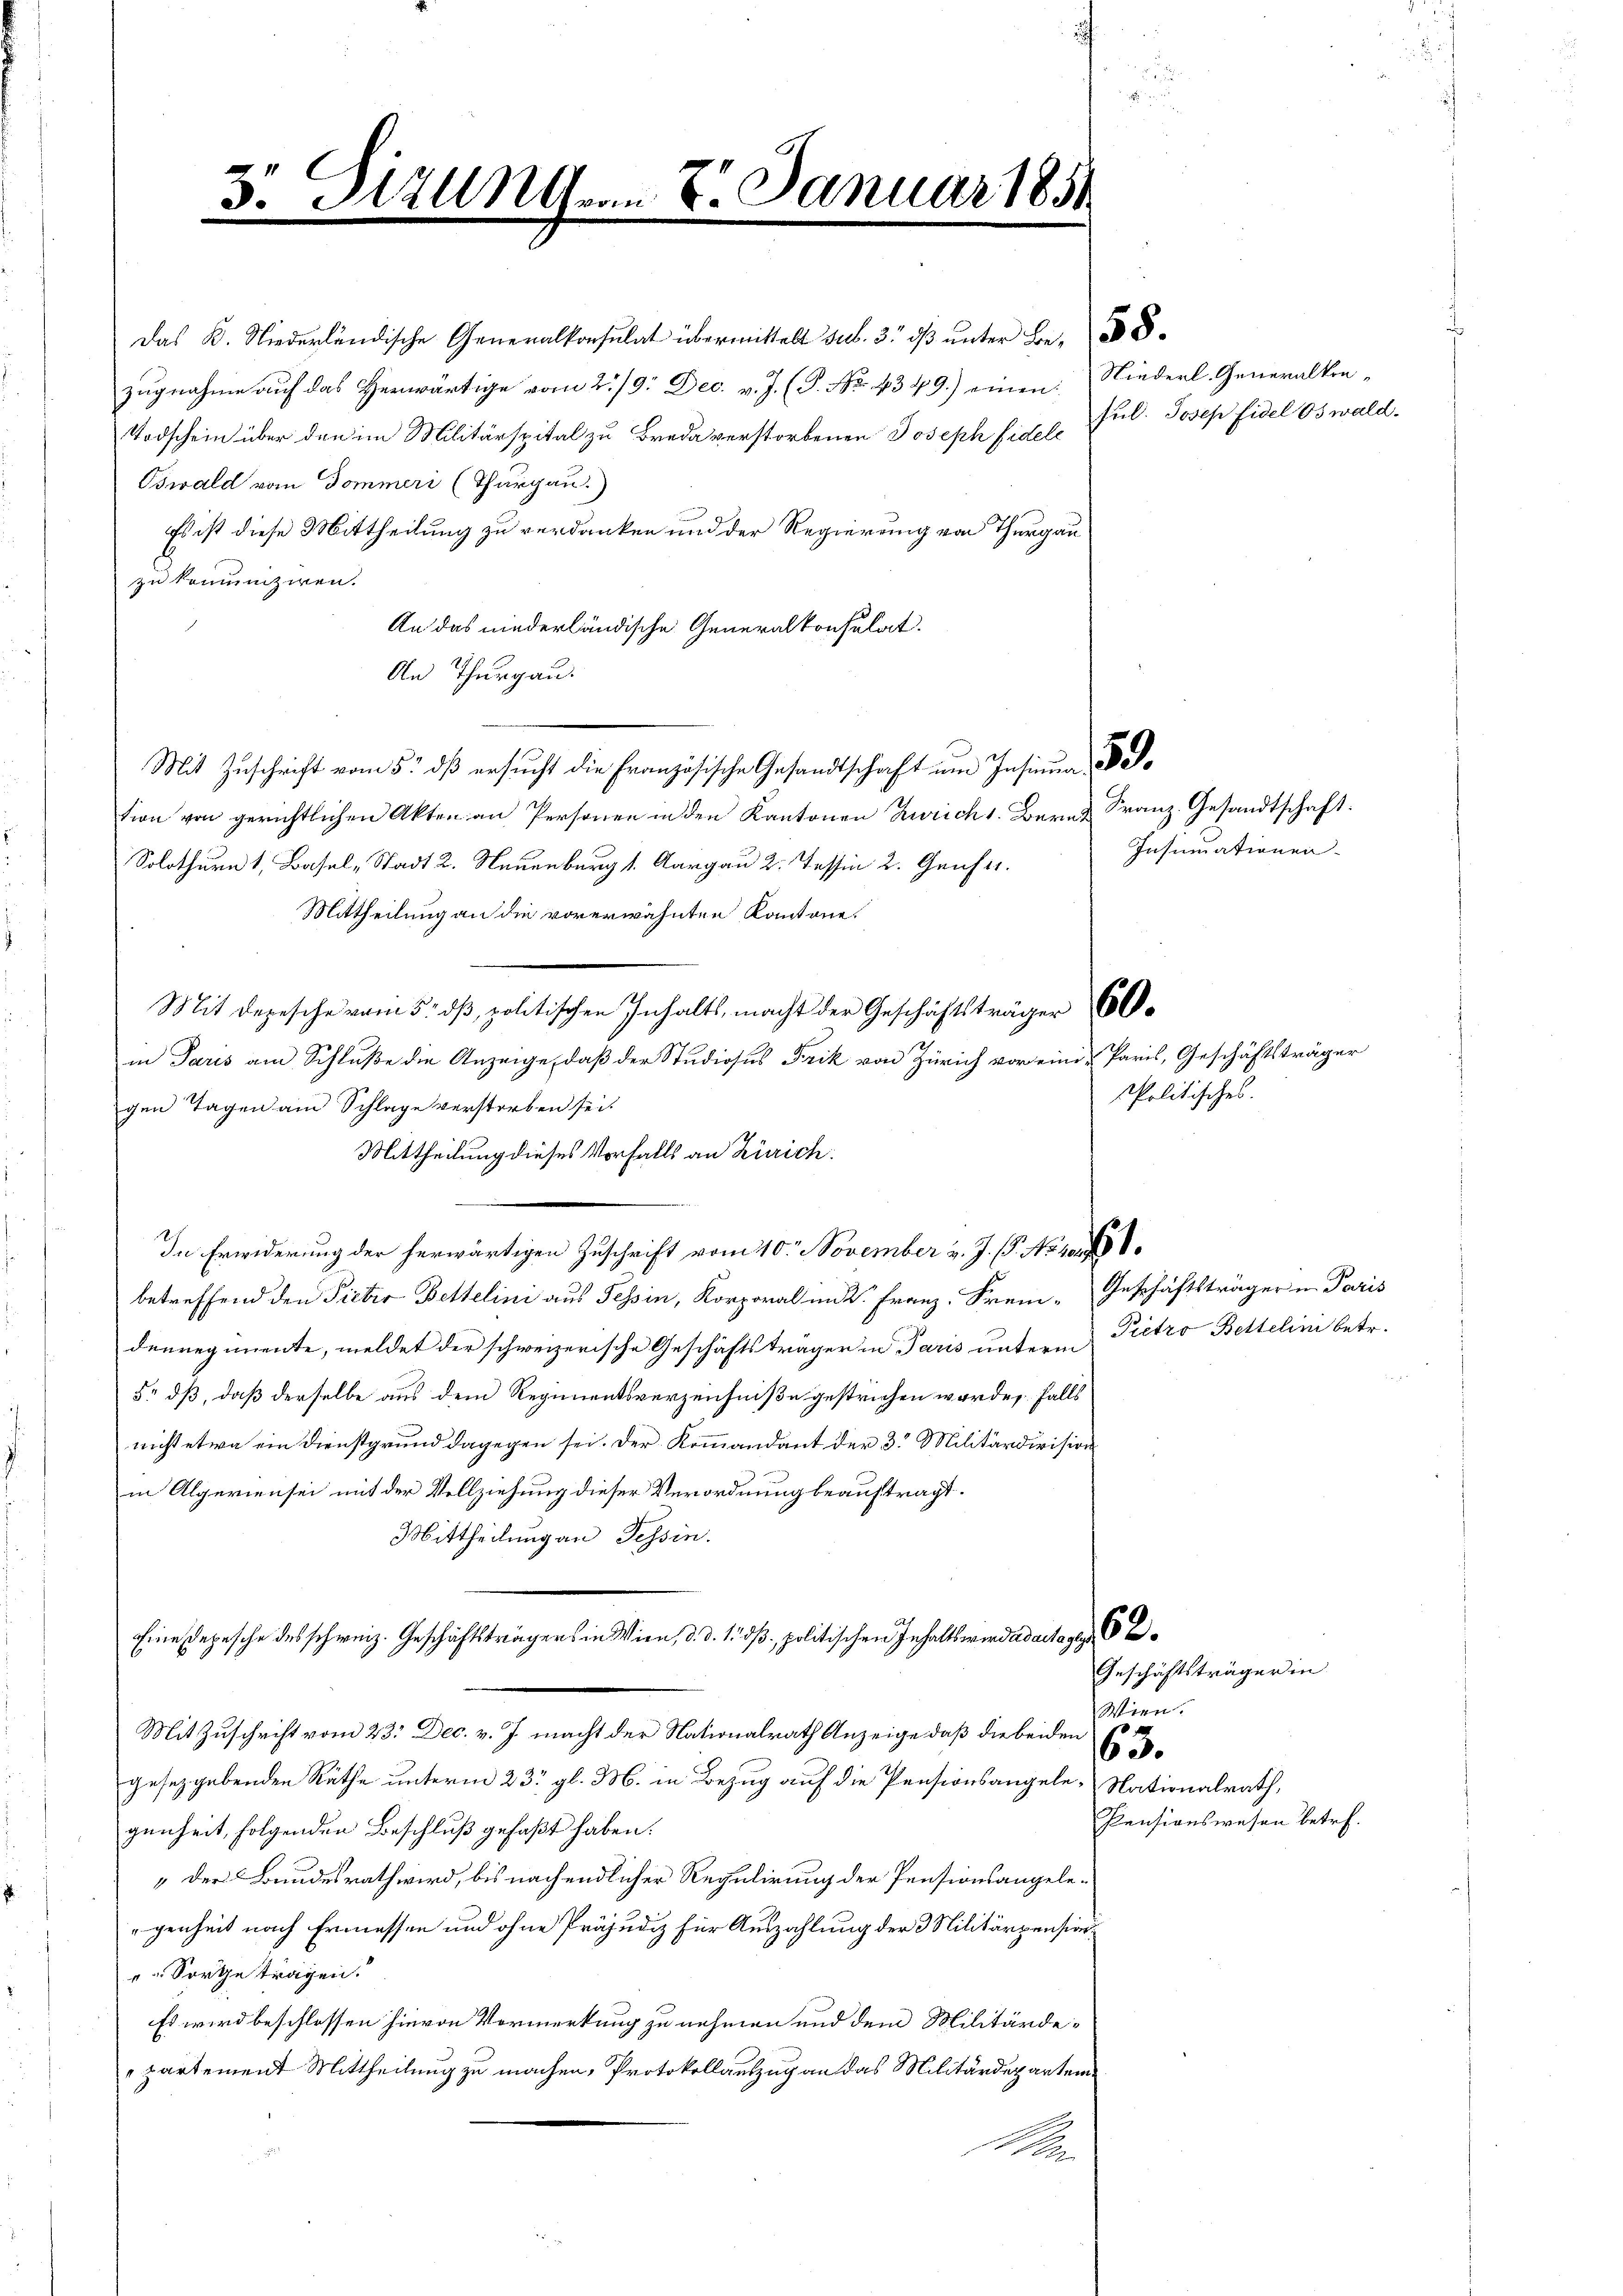
3. Atzungen 8. Januar 1854

Das K. Niederländische Generalkonsulat übermittelt sub. 3. dβ ŭnter Be- 8
zugnahme auf das Herwärtige vom 2./9. Dec. v. J. (T. No. 4349.) einen
Todschein über den im Militärspital zu Breda verstorbenen Joseph Fidele
Oswald vom Sommeri (Thurgau.
Es ist diese Mittheilung zu verdanken und der Regierung von Thurgau
zu komuniziren.
An das niederländische Generalkonsulat.
An Thurgau.
Mit Zuschrift vom 5. dß ersucht die Französische Gesandtschaft um Insinum a
tion von gerichtlichen Akten an Personen in den Kantonen Zürich 1. Bern Franz.-Gesandtschaft.
Solothurn 1, Basel-Stadt 2. Neuenburg 1. Aargau 2. Tessin 2. Gener.
Mittheilung an die vorerwähnten Kantone.
Mit Depesche vom 5. dß, politischen Inhalts, macht der Geschäftsträger 60
in Paris am Schluße die Anzeige, daß der Studiosus Frik von Zürich vor einer Paris, Geschäftsträger
gen Tagen am Schlage verstorben sei.
Mittheilung dieses Vorfalls an Zürich:
In Erwiderung der herwärtigen Zuschrift vom 10. November v. J. C. No 108
betreffend den Pieter Bettelini aus Tessin, Korporal in K. Franz, Frei-Geschäftsträger u. Paris
denregimente, meldet der schweizerische Geschäftsträger in Paris unterm Pietro Bettelini betr.
5: dß, daß derselbe aus dem Regimentsverzeichniße gestrichen worden. falls
nicht etwa ein Dienstgrund dagegen sei. Der Kommandant der 3. Militärdivision
in Algerien sei mit der Vollziehung dieser Verordnung beauftragt.
Mittheilung an Tessin.
Eine Depesche des schweiz. Geschäftsträgers in Wien, d. d. 1. d. politischen Inhalts wird ad actage
Mit Zuschrift vom 23. Dec. v. J. macht der Nationalrath Anzeige, daß die beiden Co
gesetzgebenden Räthe unterm 23. gl. M. in Bezug auf die Pensionsangele-Nationalrath,
genheit, folgenden Beschluß gefaßt haben.
 der Bundesrath wird, bis nach endlicher Regulirung der Pensionsangelegenheit nach Ermessen und ohne Präjudiz für Auszahlung der Militärpension¬
 Sorge trägen.
Es wird beschlossen hievon Vormerkung zu nehmen und dem Militärdepartement Mittheilung zu machen, Protokollauszug an das Militärdepartemx

Niederl. Generalkon¬
Jul. Josef Fidel Oswald.

Insummationen-

spolitisches.

g

Geschäftsträger in
Wien.
Pensionswesen betr.